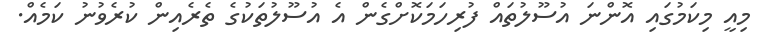
މިއީ މިކަމުގައި އޮންނަ އުސޫލުތައް ފުރިހަމަކޮށްގެން އެ އުސޫލުތަކުގެ ތެރެއިން ކުރެވުނު ކަމެއް.